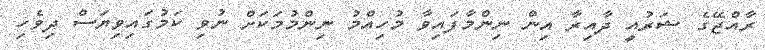
ރާއްޖޭގެ ޝަރުއީ ދާއިރާ އިން ނިންމާފައިވާ މުހިއްމު ނިންމުމަކަށް ނުވި ކަމުގައިވިޔަސް ދިވެހި